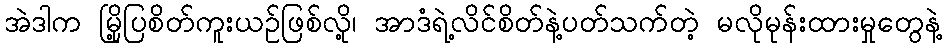
အဲဒါက မြို့ပြစိတ်ကူးယဉ်ဖြစ်လို့၊ အာဒံရဲ့လိင်စိတ်နဲ့ပတ်သက်တဲ့ မလိုမုန်းထားမှုတွေနဲ့